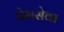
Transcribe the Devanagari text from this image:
प्रेमसेवा